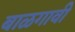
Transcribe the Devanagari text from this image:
बाळगावी